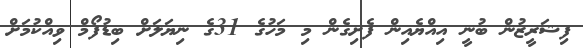
ފިޝަރީޒުން ބުނީ އިއްޔެއިން ފެށިގެން މި މަހުގެ 31ގެ ނިޔަލަށް ބިޑުފޯމް ވިއްކުމަށް